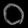
Digit: ၀